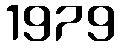
1979